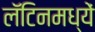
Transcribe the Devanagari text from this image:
लॅटिनमध्यें